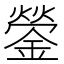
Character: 鎣